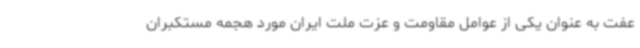
عفت به عنوان یکی از عوامل مقاومت و عزت ملت ایران مورد هجمه مستکبران